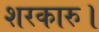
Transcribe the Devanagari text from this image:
शरकारु।